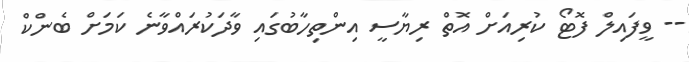
-- ވީފައިލް ފޮޓޯ ކުރިއަށް އޮތް ރިޔާސީ އިންތިހާބުގައި ވާދަކުރައްވާނެ ކަމަށް ބެންކް